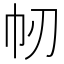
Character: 㠴